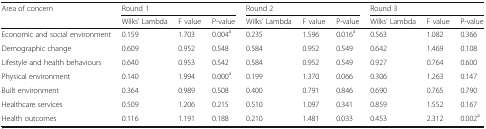
| <ROWSPAN=2> Area of concern | <COLSPAN=3> Round 1 | <COLSPAN=3> Round 2 | <COLSPAN=3> Round 3 |
 | Wilks’ Lambda | F value | P-value | Wilks’ Lambda | F value | P-value | Wilks’ Lambda | F value | P-value |
 | --- | --- | --- | --- | --- | --- | --- | --- | --- | --- |
 | Economic and social environment | 0.159 | 1.703 | 0.004a | 0.235 | 1.596 | 0.016a | 0.563 | 1.082 | 0.366 |
 | Demographic change | 0.609 | 0.952 | 0.548 | 0.584 | 0.952 | 0.549 | 0.642 | 1.469 | 0.108 |
 | Lifestyle and health behaviours | 0.640 | 0.953 | 0.542 | 0.584 | 0.952 | 0.549 | 0.927 | 0.764 | 0.600 |
 | Physical environment | 0.140 | 1.994 | 0.000a | 0.199 | 1.370 | 0.066 | 0.306 | 1.263 | 0.147 |
 | Built environment | 0.364 | 0.989 | 0.508 | 0.400 | 0.791 | 0.846 | 0.690 | 0.765 | 0.790 |
 | Healthcare services | 0.509 | 1.206 | 0.215 | 0.510 | 1.097 | 0.341 | 0.859 | 1.552 | 0.167 |
 | Health outcomes | 0.116 | 1.191 | 0.188 | 0.210 | 1.481 | 0.033 | 0.453 | 2.312 | 0.002a |